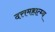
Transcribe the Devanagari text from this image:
दत्तमहात्म्य